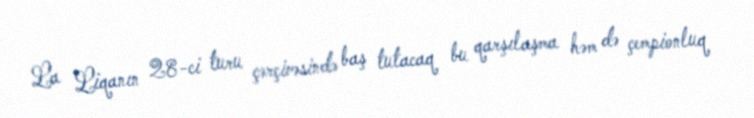
La Liqanın 28-ci turu çərçivəsində baş tutacaq bu qarşılaşma həm də çempionluq